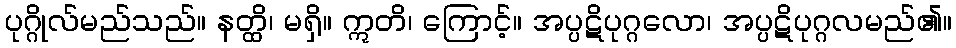
ပုဂ္ဂိုလ်မည်သည်။ နတ္ထိ၊ မရှိ။ ဣတိ၊ ကြောင့်။ အပ္ပဋိပုဂ္ဂလော၊ အပ္ပဋိပုဂ္ဂလမည်၏။